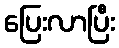
ပြေးလာပြီး